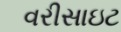
વરીસાઇટ